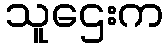
သူဌေးက